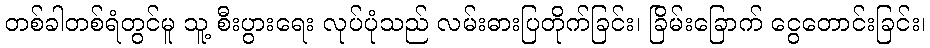
တစ်ခါတစ်ရံတွင်မူ သူ့ စီးပွားရေး လုပ်ပုံသည် လမ်းဓားပြတိုက်ခြင်း၊ ခြိမ်းခြောက် ငွေတောင်းခြင်း၊